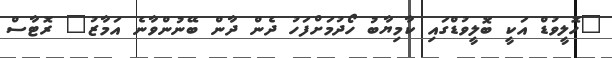
"ހޮލީވުޑް އަކީ ބޮލީވުޑްގައި ކާމިޔާބު ހޯދުމަށްފަހު ދެން ދާން ބޭނުންވާނެ އަމާޒު" ރޮޓާސް